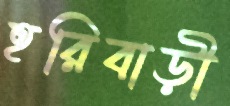
হরিবাড়ী